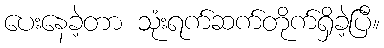
ပေးနေခဲ့တာ သုံးရက်ဆက်တိုက်ရှိခဲ့ပြီ။